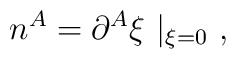
n^A = \partial^A \xi ~|_{\xi = 0} ~,